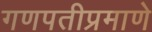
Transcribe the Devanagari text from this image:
गणपतीप्रमाणे